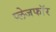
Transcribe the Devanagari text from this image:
प्लेजफॉर